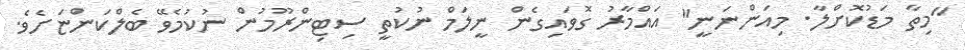
"މިތާ މަޑުކޮށްލާ. މިއަންނަނީ" އައްމާރު ގޮވައިގެން ނީލަމް ނުކުތީ ސިޓިންރޫމުން ނުކުމެވޭ ބެލްކަންޏަށެވެ.